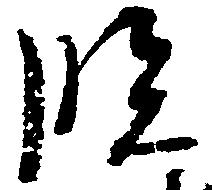
臨